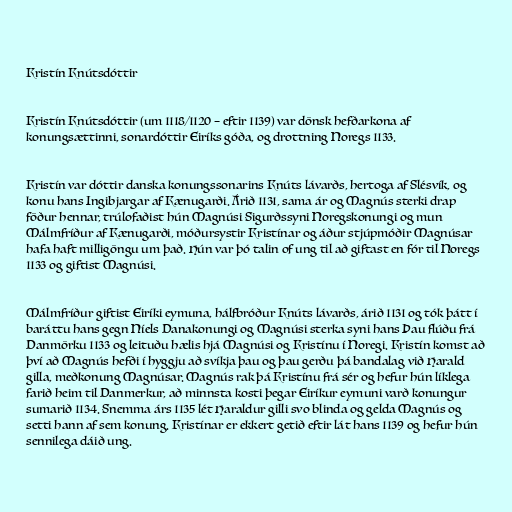
Kristín Knútsdóttir

Kristín Knútsdóttir (um 1118/1120 – eftir 1139) var dönsk hefðarkona af
konungsættinni, sonardóttir Eiríks góða, og drottning Noregs 1133.

Kristín var dóttir danska konungssonarins Knúts lávarðs, hertoga af Slésvík, og
konu hans Ingibjargar af Kænugarði. Árið 1131, sama ár og Magnús sterki drap
föður hennar, trúlofaðist hún Magnúsi Sigurðssyni Noregskonungi og mun
Málmfríður af Kænugarði, móðursystir Kristínar og áður stjúpmóðir Magnúsar
hafa haft milligöngu um það. Hún var þó talin of ung til að giftast en fór til Noregs
1133 og giftist Magnúsi.

Málmfríður giftist Eiríki eymuna, hálfbróður Knúts lávarðs, árið 1131 og tók þátt í
baráttu hans gegn Níels Danakonungi og Magnúsi sterka syni hans Þau flúðu frá
Danmörku 1133 og leituðu hælis hjá Magnúsi og Kristínu í Noregi. Kristín komst að
því að Magnús hefði í hyggju að svíkja þau og þau gerðu þá bandalag við Harald
gilla, meðkonung Magnúsar. Magnús rak þá Kristínu frá sér og hefur hún líklega
farið heim til Danmerkur, að minnsta kosti þegar Eiríkur eymuni varð konungur
sumarið 1134. Snemma árs 1135 lét Haraldur gilli svo blinda og gelda Magnús og
setti hann af sem konung. Kristínar er ekkert getið eftir lát hans 1139 og hefur hún
sennilega dáið ung.